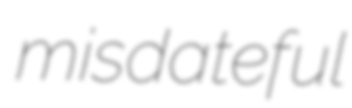
misdateful